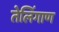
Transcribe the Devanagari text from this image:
तेलिंगाण